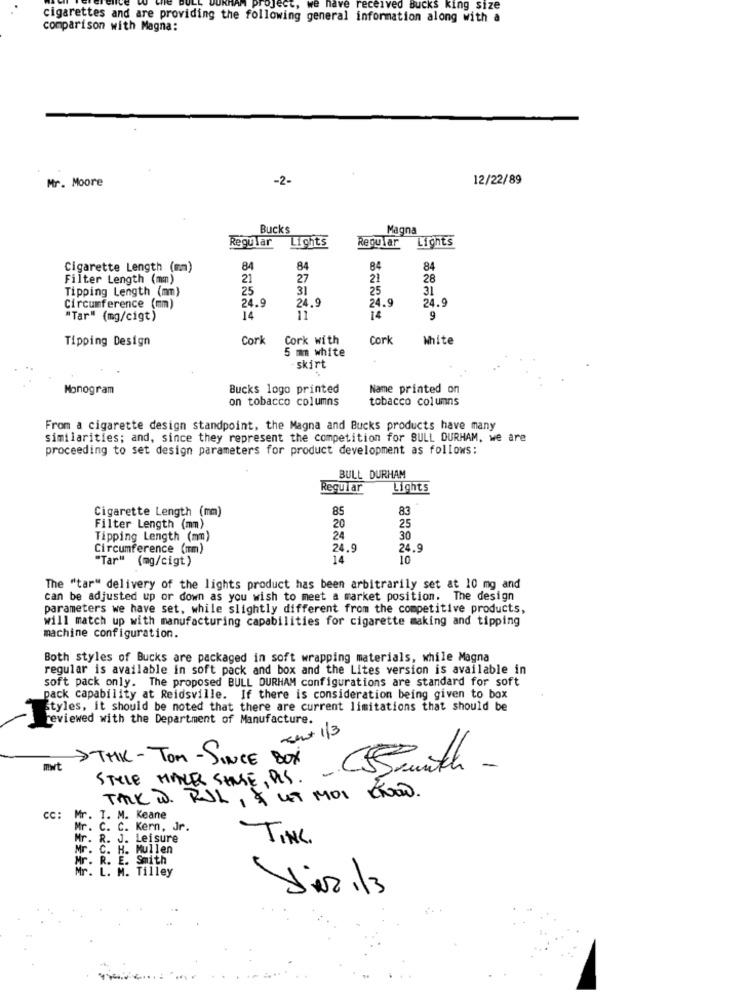
ww.Project. we have received Bucks king size
cigarettes and are providing the following general information along with a
comparison with Magna:
-2-
12/22/89
Mr. Moore
Bucks
Magna
Regular
Lights
Regular
Lights
Cigarette Length (mm)
84
84
84
84
Filter Length (mm)
21
27
21
28
Tipping Length (mm)
25
31
25
31
24.9
24.9
24.9
24.9
Circumference (mm)
"Tar" (mg/cigt)
14
11
14
9
Tipping Design
Cork
Cork with
Cork
White
5 mm white
skirt
Monogram
Bucks logo printed
Name printed on
on tobacco columns
tobacco columns
From a cigarette design standpoint, the Magna and Bucks products have many
similarities; and, since they represent the competition for SULL DURHAM, we are
proceeding to set design parameters for product development as follows:
BULL DURHAM
Regular
Lights
Cigarette Length (mm)
85
83
Filter Length (mm)
20
25
Tipping Length (mm)
24
30
Circumference (mm)
24.9
24.9
"Tar" (mg/cigt)
14
10
The "tar" delivery of the lights product has been arbitrarily set at 10 mg and
can be adjusted up or down as you wish to meet a market position. The design
parameters we have set, while slightly different from the competitive products,
will match up with manufacturing capabilities for cigarette making and tipping
machine configuration.
Both styles of Bucks are packaged in soft wrapping materials, while Magna
regular is available in soft pack and box and the Lites version is available in
soft pack only. The proposed BULL DURHAM configurations are standard for soft
pack capability at Reidsville. If there is consideration being given to box
Styles, it should be noted that there are current limitations that should be
reviewed with the Department of Manufacture.
-sent 1/3
->THK-TOM - SINCE BOX
mwt
STYLE MAKES SENSE , PLS. -
TALK W. RUL, & LT MOI KNOW.
cc:
Mr. T. M. Keane
. C. C. Kern, Jr.
Mr. R. J. Leisure
TINC.
Mr. C. H. Mullen
E. Smith
Mr. R. E
Mr. L. M. Tilley
Jir 1/3
-